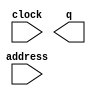
module frac_rom (
	address,
	clock,
	q);

	input	[3:0]  address;
	input	  clock;
	output	[7:0]  q;
`ifndef ALTERA_RESERVED_QIS
// synopsys translate_off
`endif
	tri1	  clock;
`ifndef ALTERA_RESERVED_QIS
// synopsys translate_on
`endif

endmodule